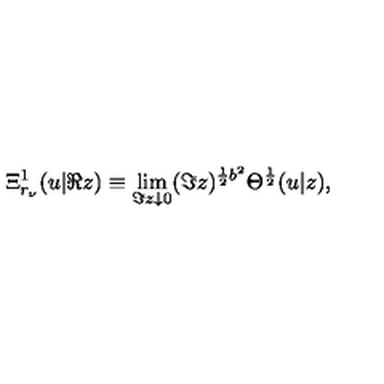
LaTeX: \Xi _ { r _ { \nu } } ^ { 1 } ( u | \Re z ) \equiv \lim _ { \Im z \downarrow 0 } ( \Im z ) ^ { \frac { 1 } { 2 } b ^ { 2 } } \Theta ^ { \frac { 1 } { 2 } } ( u | z ) ,